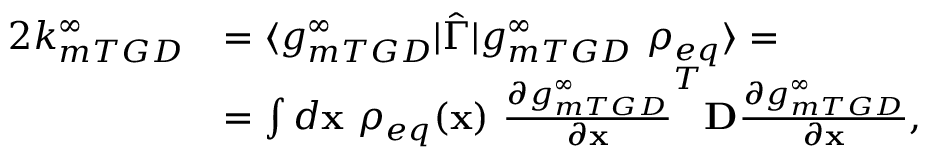
\begin{array} { r l } { 2 k _ { m T G D } ^ { \infty } } & { = \langle g _ { m T G D } ^ { \infty } \rvert \hat { \Gamma } \lvert g _ { m T G D } ^ { \infty } \ \rho _ { e q } \rangle = } \\ & { = \int d \mathbf { x } \ \rho _ { e q } ( \mathbf { x } ) \ \frac { \partial g _ { m T G D } ^ { \infty } } { \partial \mathbf { x } } ^ { T } \mathbf { D } \frac { \partial g _ { m T G D } ^ { \infty } } { \partial \mathbf { x } } , } \end{array}